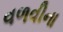
વળવીના